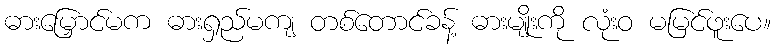
ဓားမြှောင်မက ဓားရှည်မကျ တစ်တောင်ခန့် ဓားမျိုးကို လုံးဝ မမြင်ဖူးပေ။